Lunatic asylums Burma 1907-21 - 1907-1921
Year: 1907
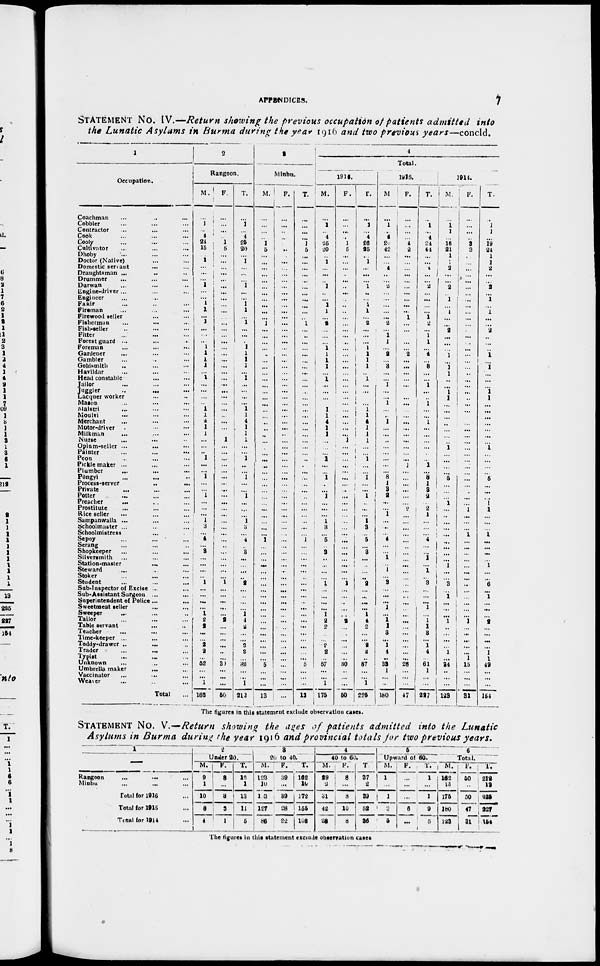
APPENDICES.
7
STATEMENT No. IV.—Return showing the previous occupation of patients admitted into
the Lunatic Asylums in Burma during the year 1916 and two previous years—concld.
1
Occupation.
Coachman ... ... ...
Cobbler ... ... ...
Contractor ... ... ...
Cook ... ... ...
Cooly ... ... ...
Cultivator ... ... ...
Dhoby ... ... ...
Doctor (Native) ... ...
Domestic servant
... ...
Draughtsman ... ... ...
Drummer ... ... ...
Durwan ... ... ...
Engine-driver ... ... ...
Engineer ... ... ...
Fakir ... ... ...
Fireman ... ... ...
Firewood seller ... ...
Fisherman ... ... ...
Fish-seller ... ... ...
Fitter ... ... ...
Forest guard ... ... ...
Foreman ... ... ...
Gardener ... ... ...
Gambler ... ... ...
Goldsmith ... ... ...
Havildar ... ... ...
Head constable ... ...
Jailor ... ... ...
Juggler...
...
...
Lacquer worker ... ...
Mason ... ... ...
Malstri ... ... ...
Moulvi ... ... ...
Merchant ... ... ...
Motor-driver ... ... ...
Milkman ... ... ...
Nurse ... ... ...
Opium-seller ... ... ...
Painter
...
...
...
Peon ... ... ...
Pickle maker ... ... ...
Plumber
... ... ...
Pongyi ... ... ...
Process-server
..
...
Private ... ... ...
Potter ... ... ...
Preacher
...
...
...
Prostitute ... ... ...
Rice seller ... ... ...
Sampanwalla ... ... ...
Schoolmaster ... ... ...
Schoolmistress ... ...
Sepoy ... ... ...
Serang ... ... ...
Shopkeeper ... ... ...
Silversmith ... ... ...
Station-master
...
...
Steward ... ... ...
Stoker ... ... ...
Student ... ... ...
Sub-Inspector of Excise ... ...
Sub-Assistant Surgeon ... ...
Superintendent of Police... ...
Sweetmeat seller ... ...
Sweeper ... ... ...
Tailor ... ... ...
Table servant ... ...
Teacher ... ... ...
Time-keeper ... ... ...
Toddy-drawer...
... ...
Trader ... ... ...
Typist ... ... ...
Unknown ... ... ...
Umbrella maker ... ...
Vaccinator ... ... ...
Weaver ... ... ...
Total
...
2
Rangoon.
M.
...
1
...
4
24
15
...
1
...
...
...
1
...
...
1
1
...
1
...
...
...
1
1
1
1
...
1
...
...
...
...
1 1
4
1
1
...
...
..
1
...
...
1
...
...
1
...
...
...
1
3
...
4
...
3
...
...
...
...
1
...
...
...
...
1
2
2
...
...
2
2
...
52
...
...
1
162
F.
...
...
...
...
1
5
...
...
...
...
...
...
...
...
...
...
...
...
...
...
...
...
...
...
...
...
...
...
...
...
...
...
...
...
...
...
1
...
...
...
...
...
...
...
...
...
...
...
...
...
...
...
...
...
...
...
...
...
...
1
...
...
...
...
...
2
...
...
...
...
...
...
30
...
...
...
50
T.
...
1
...
4
25
20
...
1
...
...
...
1
...
...
1
1
...
1
...
...
...
1
1
1
1
...
1
...
...
...
...
1
1
4
1
1
1
...
...
1
...
...
1
...
...
1
...
...
...
1
3
...
4
...
3
...
...
...
...
2
...
...
...
...
1
4
2
...
...
2
2
...
82
...
...
1
212
3
Minbu.
M.
...
...
...
...
1
5
...
...
...
...
...
...
...
...
...
...
...
1
...
...
...
...
...
...
...
...
...
...
...
...
...
...
...
...
...
...
...
...
...
...
...
...
...
...
...
...
...
...
...
...
...
...
1
...
...
...
...
...
...
...
...
...
...
...
...
...
...
...
...
...
...
...
5
...
...
...
13
F.
...
...
...
...
...
...
...
...
...
...
...
...
...
...
...
...
...
...
...
...
...
...
...
...
...
...
...
...
...
...
...
...
...
...
...
...
...
...
...
...
...
...
...
...
...
...
...
...
...
...
...
...
...
...
...
...
...
...
...
...
...
...
...
...
...
...
...
...
...
...
...
...
...
...
...
...
...
T.
...
...
...
...
1
5
...
...
...
...
...
...
...
...
...
...
...
1
...
...
...
...
...
...
...
...
...
...
...
...
...
...
...
...
...
...
...
...
...
...
...
...
...
...
...
...
...
...
...
...
...
...
1
...
...
...
...
...
...
...
...
...
...
...
...
...
...
...
...
...
...
...
5
...
...
...
13
4
Total.
1916.
M.
...
1
...
4
25
20
...
1
...
...
...
1
...
...
1
1
...
2
...
...
...
1 1
1
1
...
1
...
...
...
1
1
4
1
1
...
...
...
1
...
...
1
...
...
1
...
...
...
1
3
...
5
...
3
...
...
...
...
1
...
...
...
...
1
2
2
...
...
2
2
...
57
...
...
1
175
F.
...
...
...
...
1
5
...
...
...
...
...
...
...
...
...
...
...
...
...
...
...
...
...
...
...
...
...
...
...
...
...
...
...
...
...
1
...
...
...
...
...
...
...
...
...
...
...
...
...
...
...
...
...
...
...
...
...
...
1
...
...
...
...
...
2
...
...
...
...
...
...
30
...
...
...
50
T.
...
1
...
4
26
25
...
1
...
...
...
1
...
...
1
1
...
2
...
...
...
1
1
1
1
...
1
...
...
...
...
1
1
4
1
1
1
...
...
1
...
...
1
...
...
1
...
...
...
1
3
...
5
...
3
...
...
...
...
2
...
...
...
...
1 4
2
...
...
2
2
...
87
...
...
1
225
1915.
M
...
1
...
4
20
42
...
...
4
...
...
2
...
...
...
...
...
2
...
1
1
...
2
...
3
...
...
1
...
...
1
...
...
1
...
...
...
...
...
...
...
...
8
1
3
2
...
...
1
...
...
...
4
...
...
1
...
1
...
3
...
...
...
1
...
1
1
3
...
1 4
...
33
1
...
...
180
F.
...
...
...
...
4
2
...
...
...
...
...
...
...
...
...
...
1
...
...
...
...
...
2
...
...
...
...
...
...
...
...
...
...
...
...
...
...
...
...
...
1
...
...
...
...
...
...
2
...
...
...
...
...
...
...
...
...
...
...
...
...
...
...
...
...
...
...
...
...
...
...
...
28
...
...
...
47
T.
...
1
...
4
24
44
...
...
4
...
...
2
...
...
...
...
1 2
...
1
1
...
4
...
3
...
...
1
...
...
1
...
...
1
...
...
...
...
...
...
1
...
8
1
3
2
...
2
1
...
...
...
4
...
...
1
...
1
...
3
...
...
...
1
...
1
1
3
...
1 4
...
61
1
...
...
227
1914.
M.
...
1 1
...
16
21
1
1
2
... ...
2
...
1
...
1
...
...
2
...
...
...
1
...
1 1
...
...
1
1
...
...
...
...
...
...
...
1
...
...
...
...
5
...
...
...
1
...
...
...
...
...
...
...
...
...
1
...
...
3
...
1
...
...
...
1
...
...
...
...
1
...
34
...
...
...
123
F.
...
...
...
...
3
3
...
...
...
...
...
...
...
...
...
...
...
...
...
...
...
...
...
...
...
...
...
...
...
...
...
...
...
...
...
...
...
...
...
...
...
...
...
...
...
...
...
1
...
...
...
1
...
...
...
...
...
...
...
...
...
...
...
...
...
1
...
...
...
...
...
1
15
...
...
...
31
T.
...
1
1
...
19
24
1
1
2
...
...
2
...
1
...
1
...
...
2
...
...
...
1
...
1
...
...
...
1
1
...
...
...
...
...
...
...
1
...
...
...
...
5
...
...
...
1
1
...
...
...
1
...
...
...
...
1
...
...
6
...
1
...
...
...
2
...
...
...
...
1 1
49
...
...
...
154
The figures in this statement exclude observation cases.
STATEMENT NO. V.—Return showing the ages of patients admitted into the Lunatic
Asylums in Burma during the year 1916 and provincial totals for two previous years.
1
—
Rangoon
...
... ...
Minbu ... ... ...
Total for 1916 ...
Total for 1915 ...
Total for 1914 ...
2
Under 20.
M.
9
1
10
8
4
F.
3
...
3
3
1
T.
12
1
13
11
5
3
20 to 40.
M.
123
10
133
127
86
F.
39
...
39
28
22
T.
162
10
172
155
108
4
40 to 80.
M.
29
2
31
42
28
F.
8
...
8
10
8
T.
37
2
39
52
36
5
Upward of 60.
M.
1
...
1
3
5
F.
...
...
...
6
...
T.
1
...
1
9
5
6
Total.
M.
162
13
175
180
123
F.
50
...
50
47
31
T.
212
13
225
227
154
The figures in this statement exclude observation cases